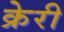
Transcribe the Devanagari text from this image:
क्रेरी